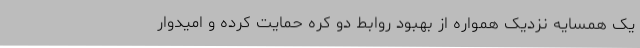
یک همسایه نزدیک همواره از بهبود روابط دو کره حمایت کرده و امیدوار